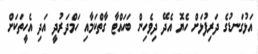
އަޅުގަނޑުގެ ދަރިފުޅަށް ހެޔޮ އެދޭ ދިވެހިން ބަހައްޓާ ގާތްކަމާއި ހަމްދަރުދީ އަދި އެހީތަކަށް